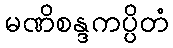
မဏိစန္ဒကပ္ပိတံ